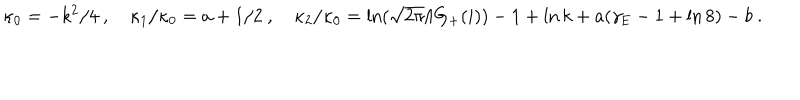
\kappa _ { 0 } = - k ^ { 2 } / 4 \ , \quad \kappa _ { 1 } / \kappa _ { 0 } = a + 1 / 2 \ , \quad { \kappa _ { 2 } / \kappa _ { 0 } = \ln ( \sqrt { 2 \pi } / G _ { + } ( i ) ) - 1 } + \ln k + a ( \gamma _ { \mathrm { E } } - 1 + \ln 8 ) - b \ .